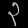
Digit: ၃